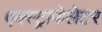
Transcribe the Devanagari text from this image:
एक्स्ट्रापोलेटर